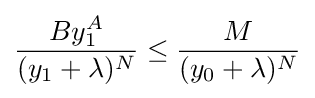
{\frac {By_{1}^{A}}{(y_{1}+\lambda )^{N}}}\leq {\frac {M}{(y_{0}+\lambda )^{N}}}